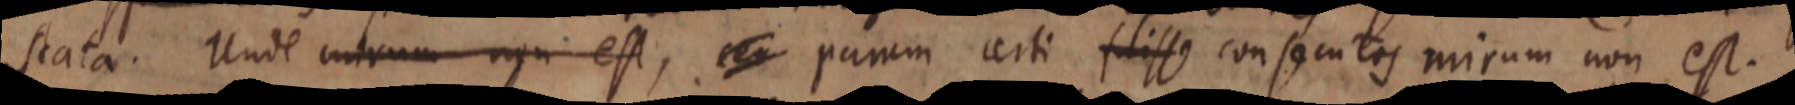
stata. Unde centrum non est, _ panem certi fuisse consecutes mirum non est.